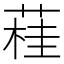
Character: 蓕